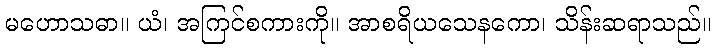
မဟောသဓာ။ ယံ၊ အကြင်စကားကို။ အာစရိယသေနကော၊ သိန်းဆရာသည်။